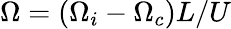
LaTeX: \Omega=(\Omega_{i}-\Omega_{c})L/U